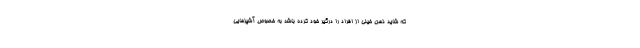
که شاید ذهن خیلی از افراد را درگیر خود کرده باشد به خصوص آشپزهایی